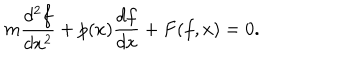
LaTeX: m \frac { d ^ { 2 } f } { d x ^ { 2 } } + p ( x ) \frac { d f } { d x } + F ( f , x ) = 0 .